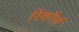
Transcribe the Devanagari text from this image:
रिकौर्स